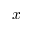
x